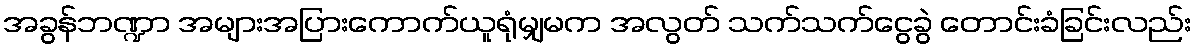
အခွန်ဘဏ္ဍာ အများအပြားကောက်ယူရုံမျှမက အလွတ် သက်သက်ငွေခွဲ တောင်းခံခြင်းလည်း